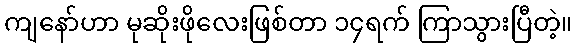
ကျနော်ဟာ မုဆိုးဖိုလေးဖြစ်တာ ၁၄ရက် ကြာသွားပြီတဲ့။